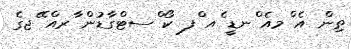
ތިން އެ ްމއެ ްނޑީ ެއ ްފ ކޯ ްސޓްގާޑުން ާރއް ޭޖގެ